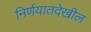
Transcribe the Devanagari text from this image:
निर्णयातदेखील